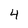
Character: 4